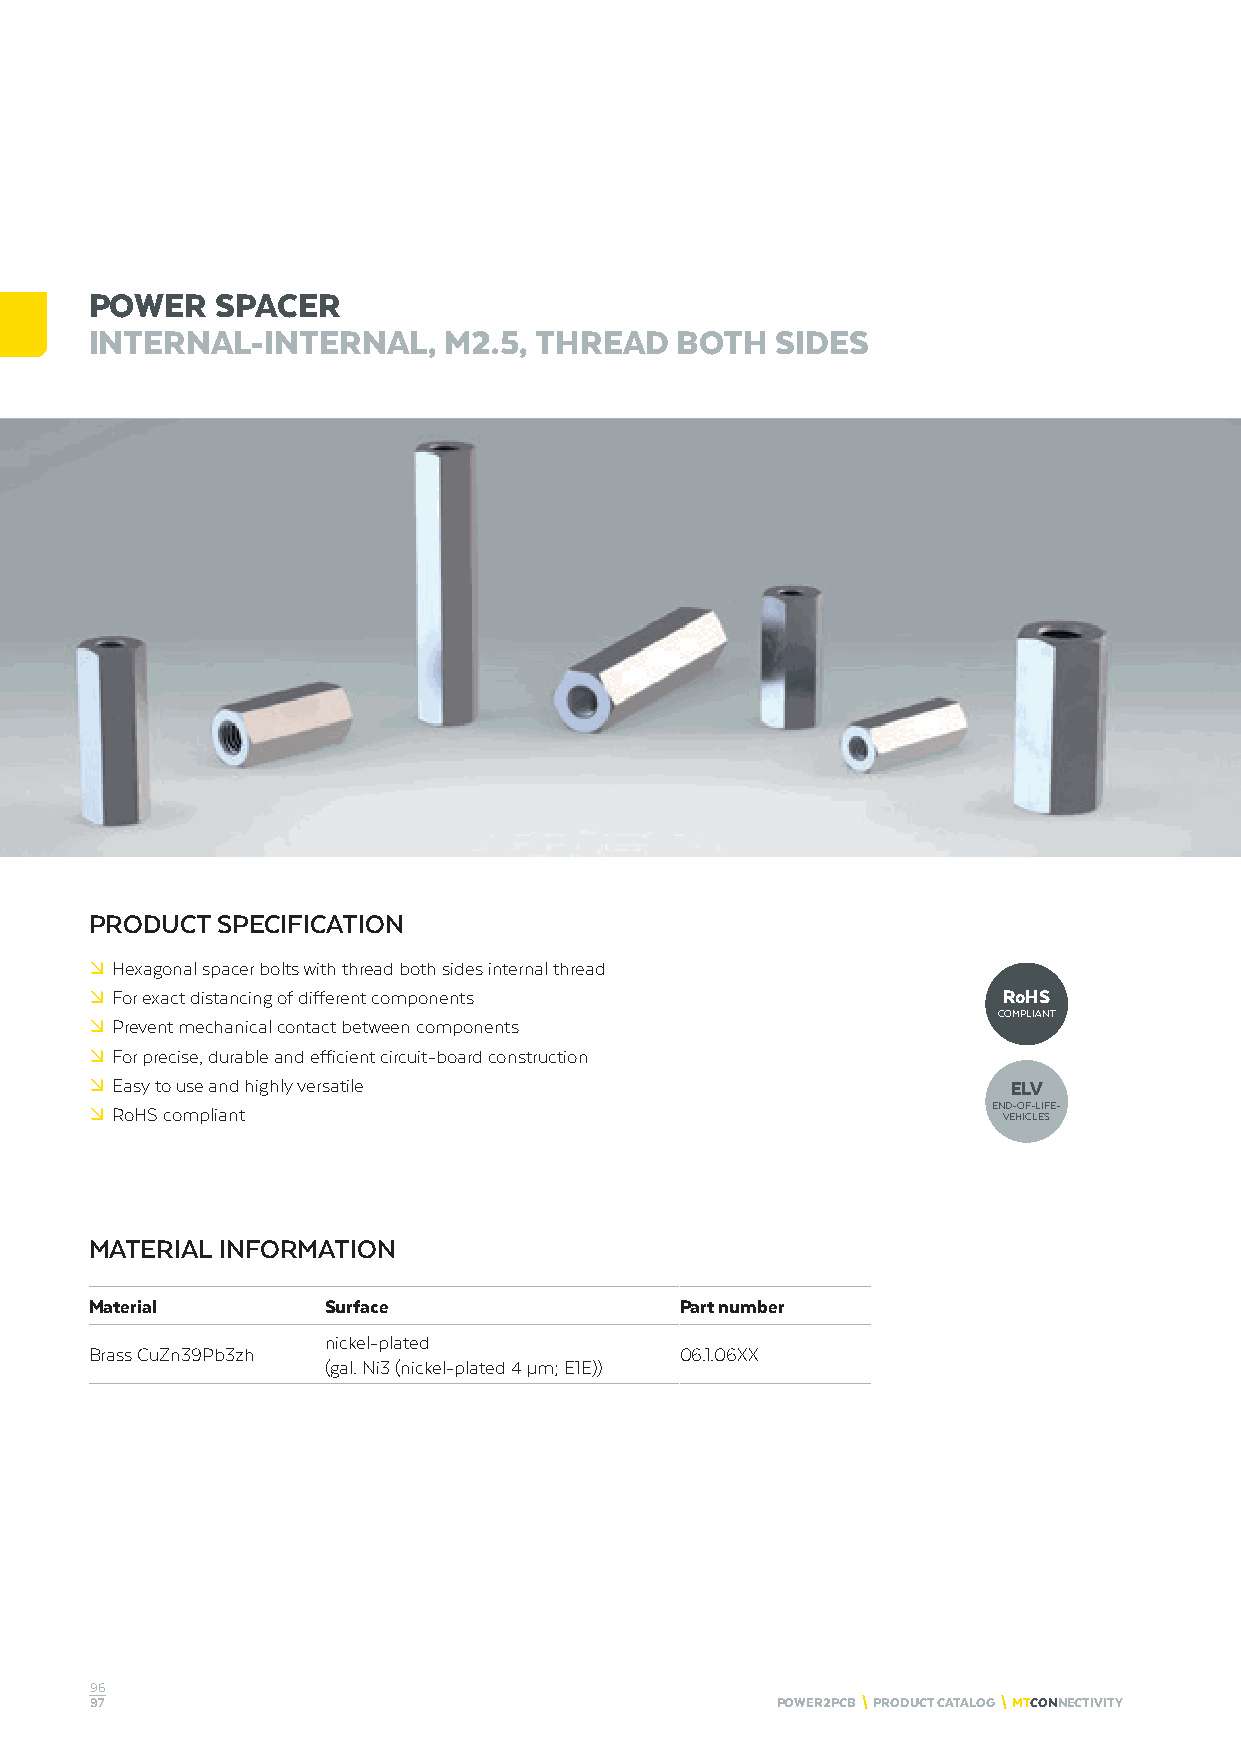
POWER   SPACER
 INTERNAL-INTERNAL,     M2.5, THREAD    BOTH  SIDES
 PRODUCT SPECIFICATION
 º Hexagonal spacer bolts with thread both sides internal thread
 º For exact distancing of different components              RoHS
 COMPLIANT
 º Prevent mechanical contact between components
 º For precise, durable and efficient circuit-board construction
 º Easy to use and highly versatile                           ELV
 º RoHS compliant                                            END-OF-LIFE-
 VEHICLES
 MATERIAL INFORMATION
 Material        Surface                Part number
 nickel-plated
 Brass CuZn39Pb3zh                      06.1.06XX
 (gal. Ni3 (nickel-plated 4 μm; E1E))
 96
 97                                           POWER2PCB \ PRODUCT CATALOG \ MTCONNECTIVITY